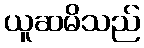
ယူဆမိသည်